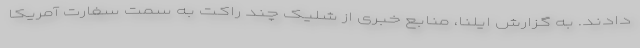
دادند. به گزارش ایلنا، منابع خبری از شلیک چند راکت به سمت سفارت آمریکا